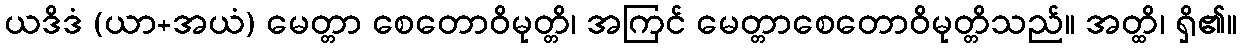
ယဒိဒံ (ယာ+အယံ) မေတ္တာ စေတောဝိမုတ္တိ၊ အကြင် မေတ္တာစေတောဝိမုတ္တိသည်။ အတ္ထိ၊ ရှိ၏။